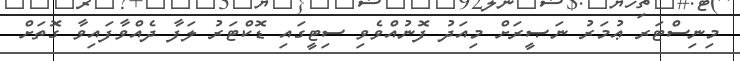
މިނިސްޓަރ ޢުމަރު ނަޞީރަށް މިއަދު ފޮނުއްވެވި ސިޓީގައި ޑޮކްޓަރު ލަފާ ދެއްވާފައިވާ ގޮތަށް